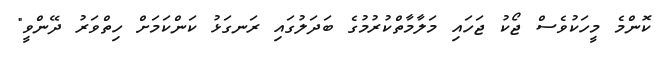
ކޮންމެ މީހަކުވެސް ޖޯކު ޖަހައި މަލާމާތްކުރުމުގެ ބަދަލުގައި ރަނގަޅު ކަންކަމަށް ހިތްވަރު ދޭންވީ"